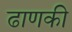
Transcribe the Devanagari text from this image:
ढाणकी